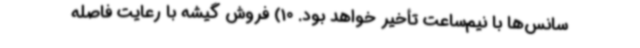
سانس‌ها با نیم‌ساعت تأخیر خواهد بود. 10) فروش گیشه با رعایت فاصله